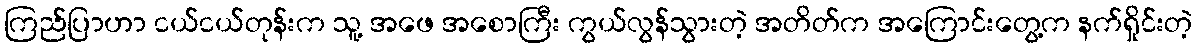
ကြည်ပြာဟာ ငယ်ငယ်တုန်းက သူ့ အဖေ အစောကြီး ကွယ်လွန်သွားတဲ့ အတိတ်က အကြောင်းတွေ့က နက်ရှိုင်းတဲ့